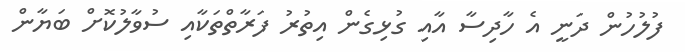
ފުލުހުން ދަނީ އެ ހާދިސާ އާއި ގުޅިގެން އިތުރު ފަރާތްތަކާއި ސުވާލުކޮށް ބަޔާން